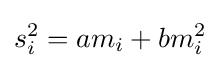
s_{i}^{2}=am_{i}+bm_{i}^{2}